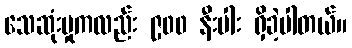
သေဆုံးမှုကလည်း ၉၀၀ နီးပါး ရှိခဲ့ပါတယ်။